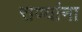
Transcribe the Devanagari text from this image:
राण्यांना